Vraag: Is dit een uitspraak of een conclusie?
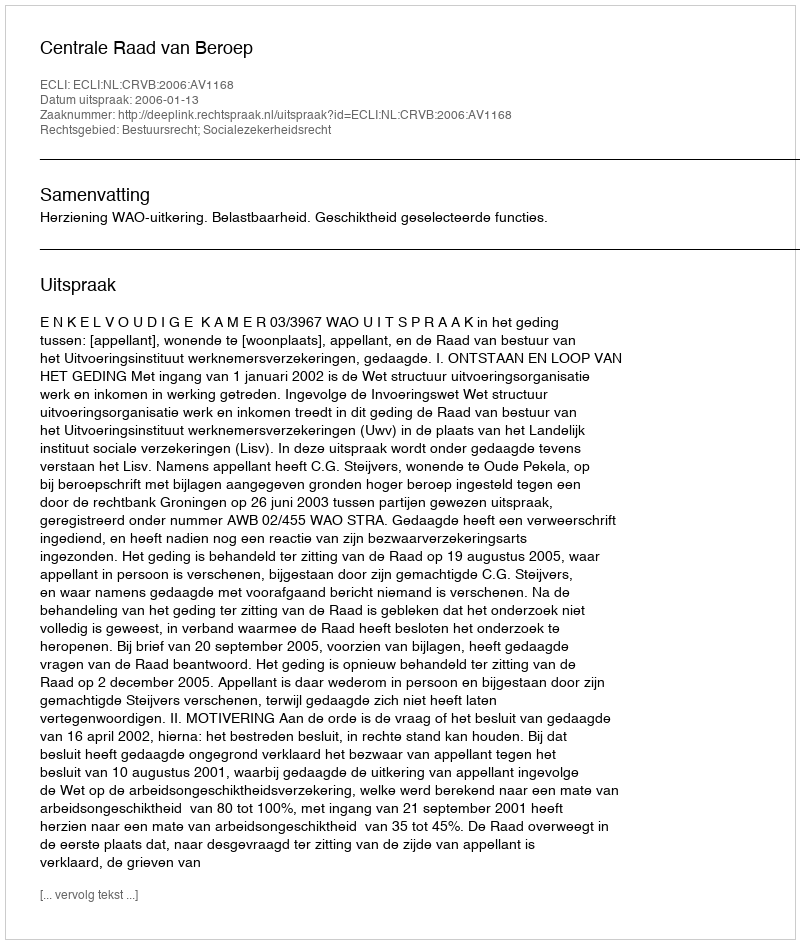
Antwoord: Uitspraak